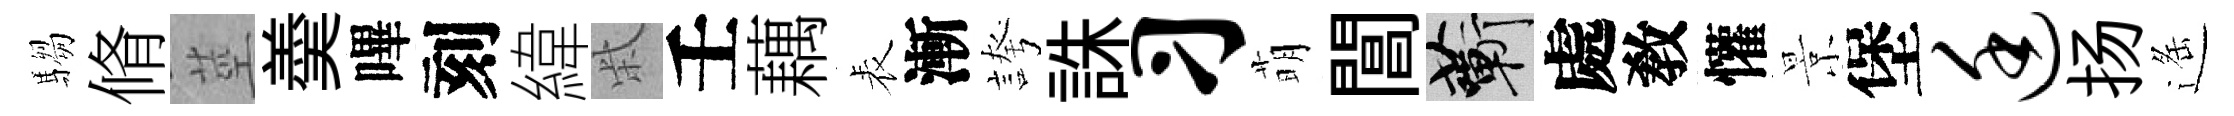
騶脩莖羮嗶刻緯柴壬藕表漸誇誅习萌閶蔪處敎懽景堡廷扬遥